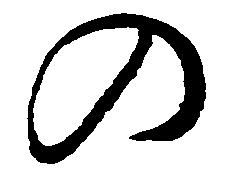
の